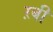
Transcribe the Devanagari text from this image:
ऱबी